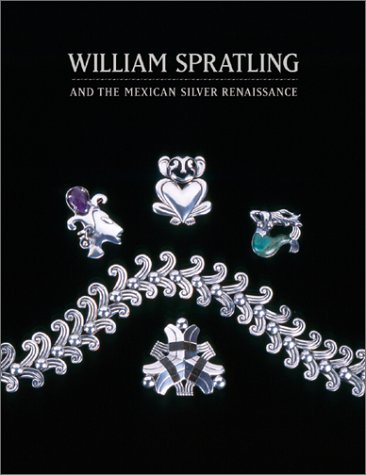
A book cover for William Spratling and the Mexican Silver Renaissance: Maestros de Plata; Penny C. Morrill; Crafts, Hobbies & Home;